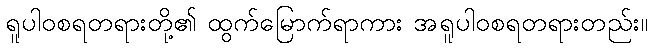
ရူပါဝစရတရားတို့၏ ထွက်မြောက်ရာကား အရူပါဝစရတရားတည်း။